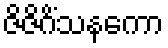
ဇိဇိဂိံသနကော